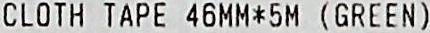
CLOTH TAPE 46MM*5M (GREEN)